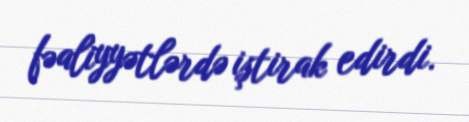
fəaliyyətlərdə iştirak edirdi.